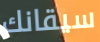
سيقانك